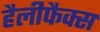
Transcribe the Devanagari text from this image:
हैलीफैक्स